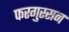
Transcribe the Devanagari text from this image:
फरगुस्सन